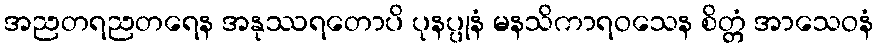
အညတရညတရေန အနုဿရတောပိ ပုနပ္ပုနံ မနသိကာရဝသေန စိတ္တံ အာသေဝနံ